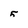
Character: 5